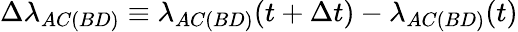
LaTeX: \Delta\lambda_{AC(BD)}\equiv\lambda_{AC(BD)}(t+\Delta t)-\lambda_{AC(BD)}(t)